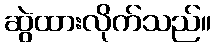
ဆွဲထားလိုက်သည်။